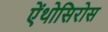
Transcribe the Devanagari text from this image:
ऐंथोसिरोस